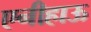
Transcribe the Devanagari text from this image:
एनीहाऊ